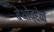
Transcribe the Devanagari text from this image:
बेथोव्हेन